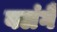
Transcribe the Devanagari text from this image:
वलंगै